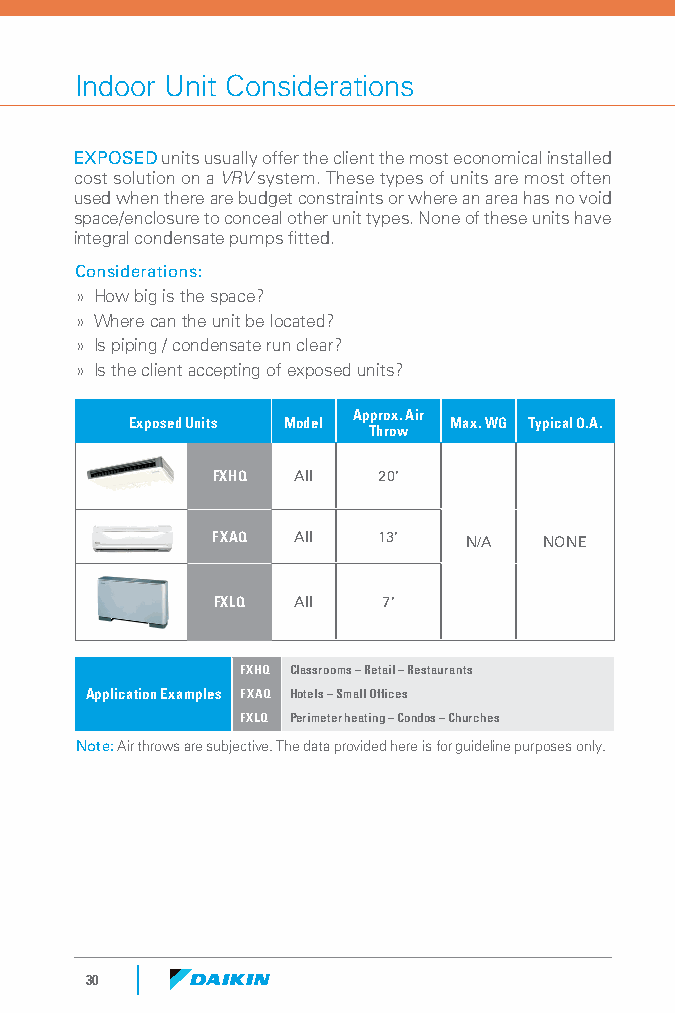
Indoor Unit Considerations
 EXPOSED units usually offer the client the most economical installed
 cost solution on a VRV system. These types of units are most often
 used when there are budget constraints or where an area has no void
 space/enclosure to conceal other unit types. None of these units have
 integral condensate pumps fitted.
 Considerations:
 » How big is the space?
 » Where can the unit be located?
 » Is piping / condensate run clear?
 » Is the client accepting of exposed units?
 Approx. Air
 Exposed Units Model  Max. WG Typical O.A.
 Throw
 FXHQ All   20'
 FXAQ All   13'   N/A  NONE
 FXLQ All   7'
 FXHQ Classrooms – Retail – Restaurants
 Application Examples FXAQ Hotels – Small Offices
 FXLQ Perimeter heating – Condos – Churches
 Note: Air throws are subjective. The data provided here is for guideline purposes only.
 30